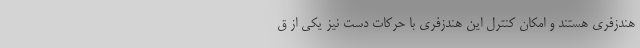
هندزفری هستند و امکان کنترل این هندزفری با حرکات دست نیز یکی از ق